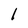
Character: l